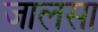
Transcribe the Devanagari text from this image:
जालसा